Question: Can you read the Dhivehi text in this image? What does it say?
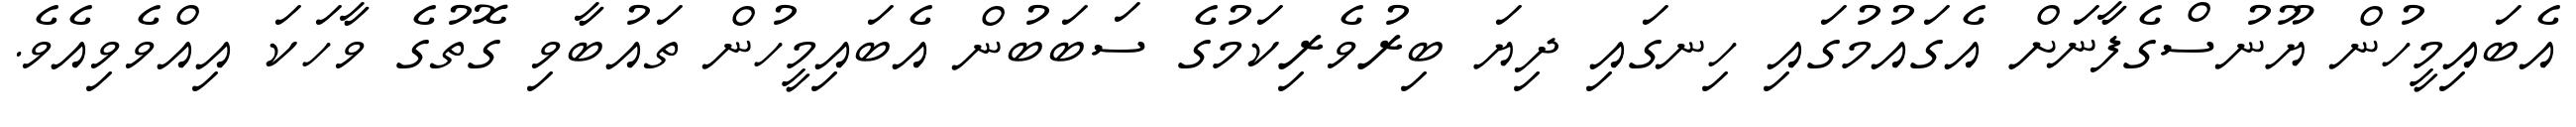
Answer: އެބައިމީހުން ޔޫނުސްގެފާނަށް އެގައުމުގައި ހިނގައި ދިޔަ ބިރުވެރިކަމުގެ ސަބަބުން އެބައިމީހުން ތައުބާވި ގޮތުގެ ވާހަކަ އިއްވެވިއެވެ.